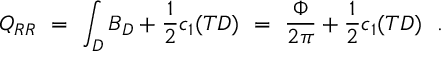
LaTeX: Q _ { R R } \ = \ \int _ { D } B _ { D } + \frac { 1 } { 2 } c _ { 1 } ( T D ) \ = \ \frac { \Phi } { 2 \pi } + \frac { 1 } { 2 } c _ { 1 } ( T D ) \ \ .